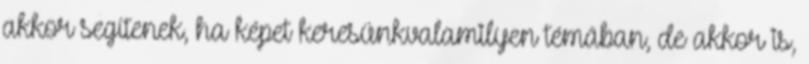
akkor segítenek, ha képet keresünkvalamilyen témában, de akkor is,